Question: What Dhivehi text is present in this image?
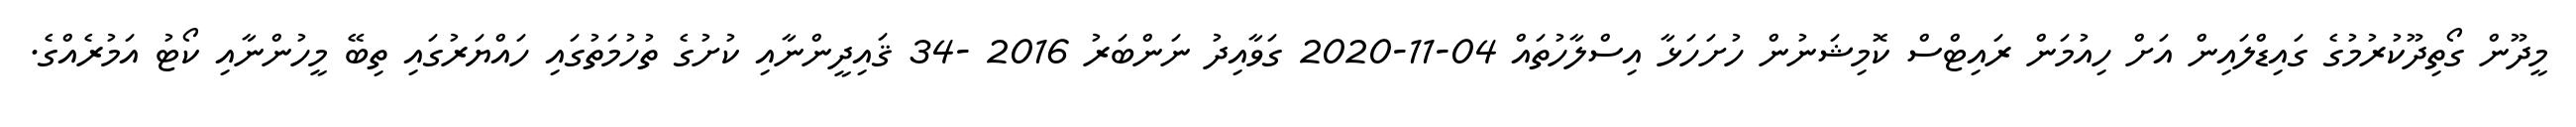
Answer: މީދޫން ގޯތިދޫކުރުމުގެ ގައިޑްލައިން އަށް ހިއުމަން ރައިޓްސް ކޮމިޝަނުން ހުށަހަޅާ އިސްލާހުތައް 04-11-2020 ގަވާއިދު ނަންބަރު 2016 -34 ޤައިދީންނާއި ކުށުގެ ތުހުމަތުގައި ހައްޔަރުގައި ތިބޭ މީހުންނާއި ކޯޓު އަމުރެއްގެ.